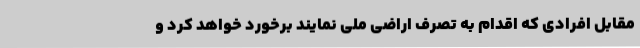
مقابل افرادی که اقدام به تصرف اراضی ملی نمایند برخورد خواهد کرد و